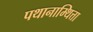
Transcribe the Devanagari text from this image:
पथानाम्थित्ता